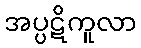
အပ္ပဋိကူလာ